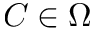
C \in \Omega